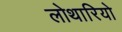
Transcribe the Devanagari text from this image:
लोथारियो